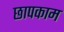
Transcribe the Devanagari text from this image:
छापकाम